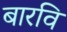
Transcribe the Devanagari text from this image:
बारवि